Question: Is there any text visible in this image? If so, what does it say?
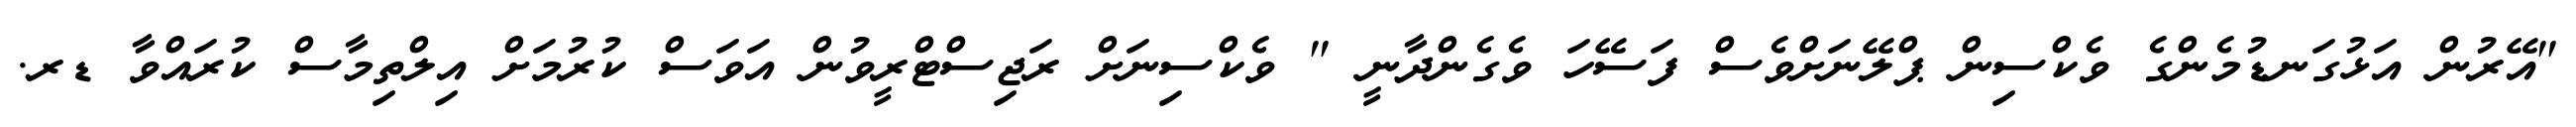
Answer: "އޭރުން އަޅުގަނޑުމެންގެ ވެކްސިން ޕްލޭނަށްވެސް ފަސޭހަ ވެގެންދާނީ " ވެކްސިނަށް ރަޖިސްޓްރީވުން އަވަސް ކުރުމަށް އިލްތިމާސް ކުރައްވާ ޑރ.